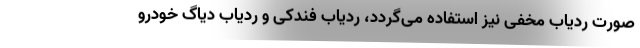
صورت ردیاب مخفی نیز استفاده می‌گردد، ردیاب فندکی و ردیاب دیاگ خودرو